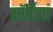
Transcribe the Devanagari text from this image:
साॅर्टियां